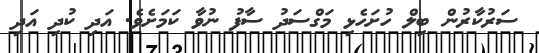
ސަރުކާރުން ބިލް ހުށަހެޅި މަގްސަދު ސާފު ނުވާ ކަމަށެވެ. އަދި ކުދި އަދި